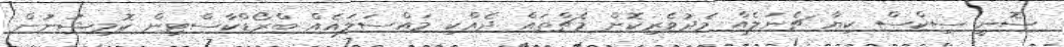
ސޮނީ ސިކްސް ކިޔާ ޗެނަލެއް މެދުވެރިކޮށް މެޗްތައް ދެއްކި މައްސަލައެއް ބްރޯޑްކާސްޓިން ކޮމިޝަނުން